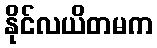
နိုင်လယိတမက